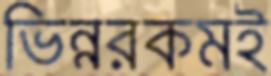
ভিন্নরকমই